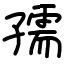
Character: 孺